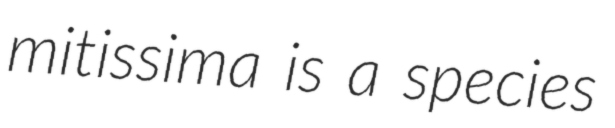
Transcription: mitissima is a species